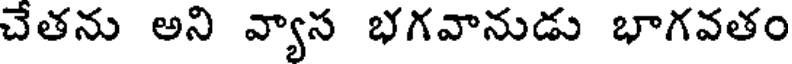
చేతను అని వ్యాస భగవానుడు భాగవతం